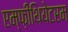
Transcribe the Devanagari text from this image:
एम्फ़ीथियेटरम